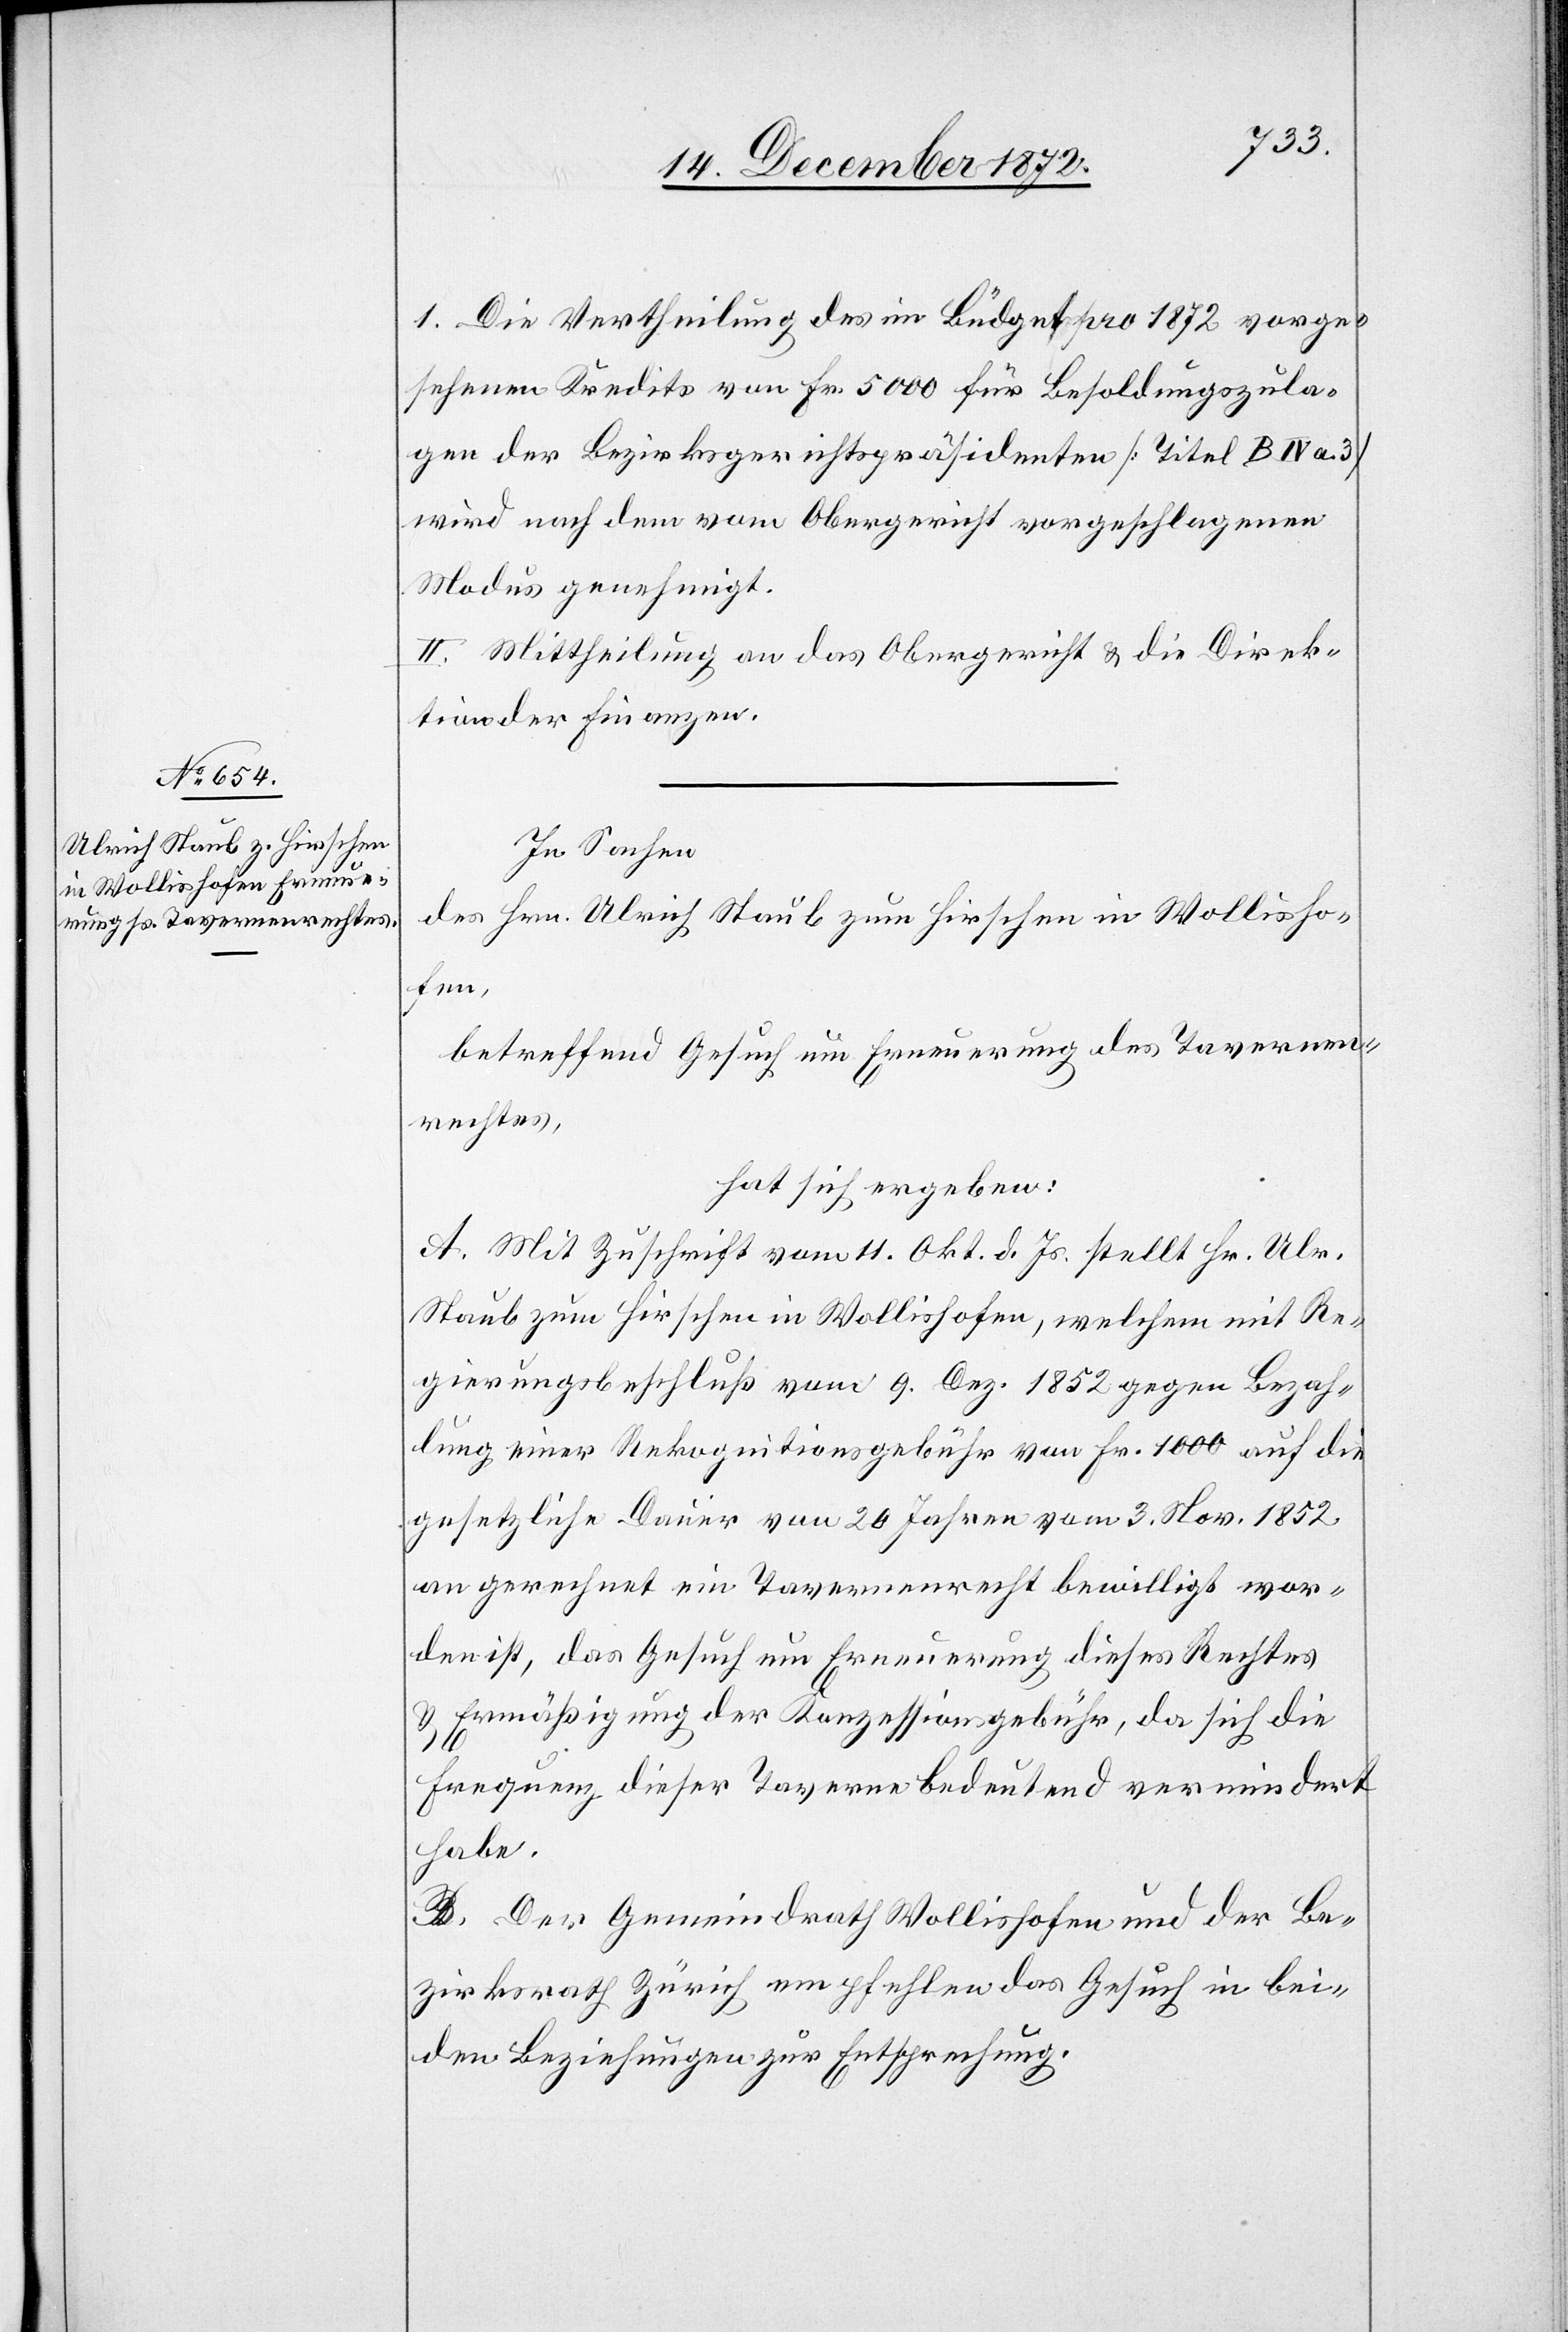
1. Die Vertheilung des im Büdget pro 1872 vorge¬
sehenen Kredits von Fr. 5000 für Besoldungszula¬
gen der Bezirksgerichtspräsidenten [Titel B IV a.
wird nach dem vom Obergericht vorgeschlagenen
Modus genehmigt.
Mittheilung an das Obergericht u. die Direk¬
tion der Finanzen.
In Sachen
des Hrn. Ulrich Staub zum Hirschen in Wollisho¬
fen,
betreffend Gesuch um Erneuerung des Tavernen¬
rechtes,
hat sich ergeben:
A. Mit Zuschrift vom 11. Okt. d. Js. stellt Hr. Ulr.
Staub zum Hirschen in Wollishofen, welchem mit Re¬
gierungsbeschluß vom 9. Dez. 1852 gegen Bezah¬
lung einer Rekognitionsgebühr von Fr. 1000 auf die
gesetzliche Dauer von 20 Jahren vom 3. Nov. 1852
an gerechnet ein Tavernenrecht bewilligt wor¬
den ist, das Gesuch um Erneuerung dieses Rechtes
u. Ermäßigung der Konzessionsgebühr, da sich die
Frequenz dieser Taverne bedeutend vermindert
habe.
B. Der Gemeindrath Wollishofen und der Be¬
zirksrath Zürich empfehlen das Gesuch in bei¬
den Beziehungen zur Entsprechung.